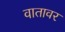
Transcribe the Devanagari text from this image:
वातावर